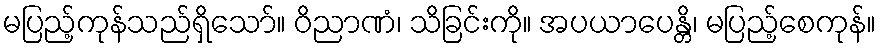
မပြည့်ကုန်သည်ရှိသော်။ ဝိညာဏံ၊ သိခြင်းကို။ အပယာပေန္တိ၊ မပြည့်စေကုန်။